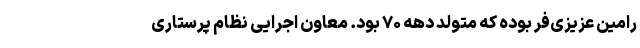
رامین عزیزی‌فر بوده که متولد دهه ۷۰ بود. معاون اجرایی نظام پرستاری